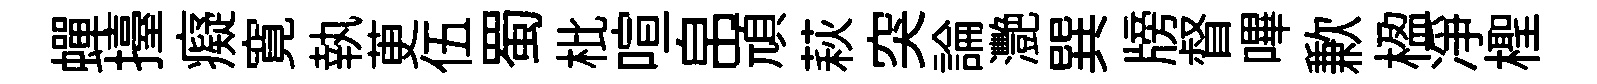
蟬擡癡寛執茰伍蜀枇喧帛頑萩突論灧巽牓督嗶歉楹凈檉